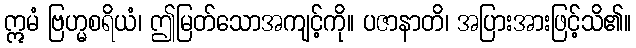
ဣမံ ဗြဟ္မစရိယံ၊ ဤမြတ်သောအကျင့်ကို။ ပဇာနာတိ၊ အပြားအားဖြင့်သိ၏။